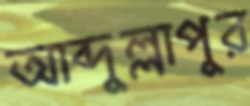
আব্দুল্লাপুর